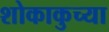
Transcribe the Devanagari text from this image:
शोकाकुच्या